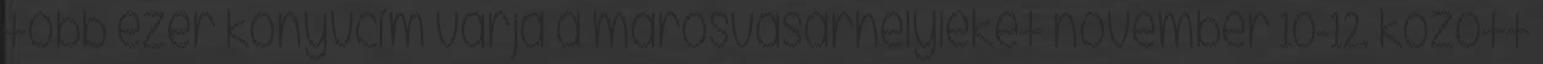
több ezer könyvcím várja a marosvásárhelyieket november 10-12. között